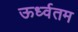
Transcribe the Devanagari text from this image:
ऊर्ध्वतम